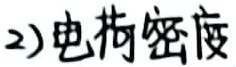
2) 电荷密度